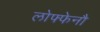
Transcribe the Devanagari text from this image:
लोफ्फेनौ